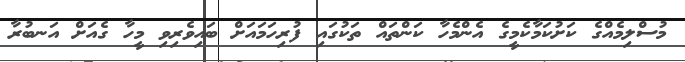
މުސްލިމެއްގެ ކަށުކަމާކެމީގެ އެންމެހާ ކަންތައް ތަކުގައި ފުރިހަމައަށް ބައިވެރިވި މީހާ ގެއަށް އަނބުރާ